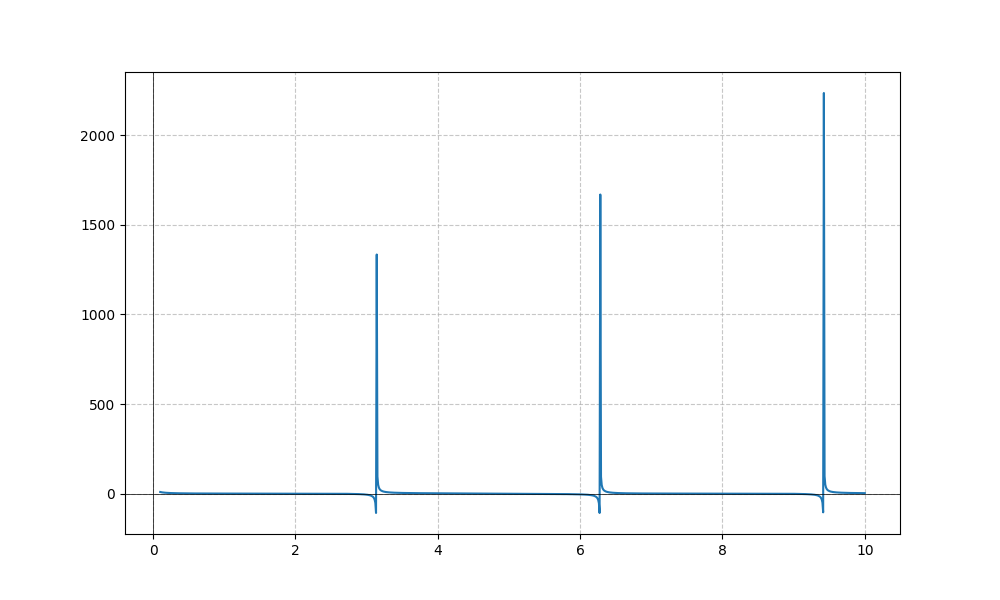
LaTeX formula: - \cos{\left(x \right)} + \cot{\left(x \right)}